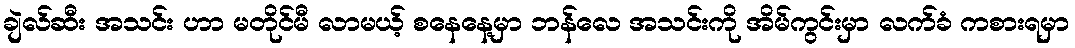
ချဲလ်ဆီး အသင်း ဟာ မတိုင်မီ လာမယ့် စနေနေ့မှာ ဘန်လေ အသင်းကို အိမ်ကွင်းမှာ လက်ခံ ကစားရမှာ